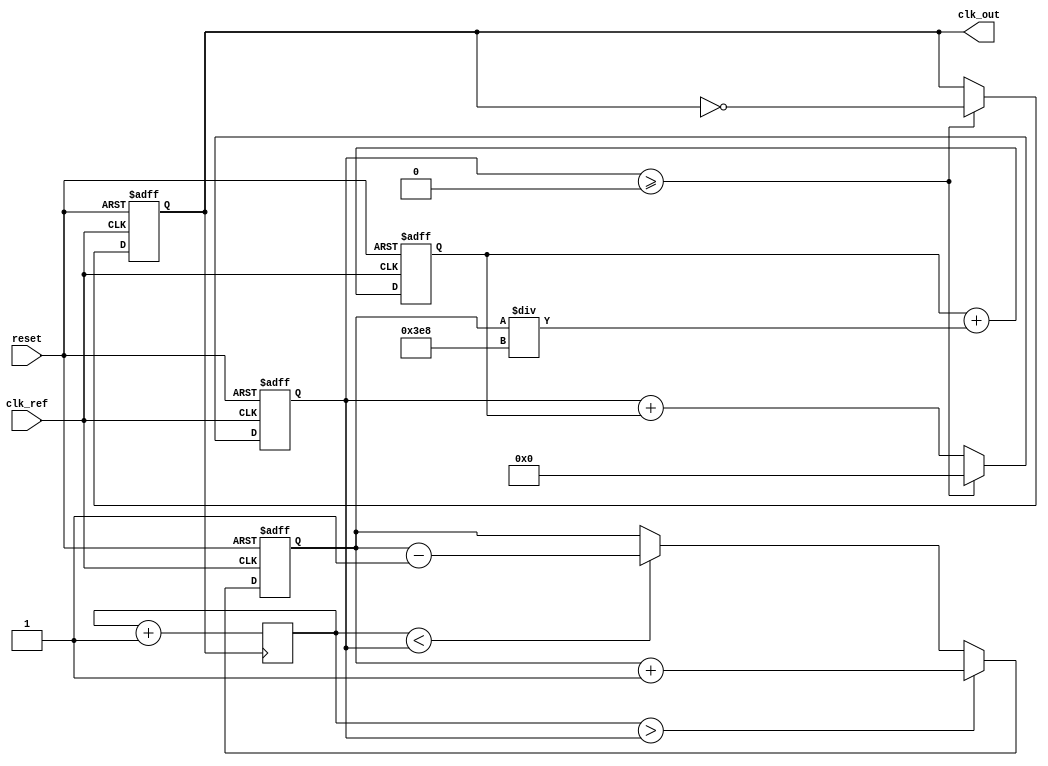
module pll (
    input wire clk_ref,        // Reference clock input
    input wire reset,          // Reset signal
    output reg clk_out         // Output clock
);

    // Parameters
    parameter integer REF_FREQ = 50_000_000; // Reference frequency in Hz
    parameter integer OUT_FREQ = 100_000_000; // Desired output frequency in Hz
    parameter integer LOOP_BW = 1000;          // Loop bandwidth (adjust as needed)
    
    // Internal signals
    reg [31:0] phase_error;    // Phase error signal
    reg [31:0] control_voltage; // Control voltage for VCO
    reg [31:0] vco_counter;     // VCO counter for generating output clock
    reg [31:0] feedback_counter; // Feedback counter for phase detector

    // Phase Detector
    always @(posedge clk_ref or posedge reset) begin
        if (reset) begin
            phase_error <= 0;
        end else begin
            // Simple phase detector logic
            if (feedback_counter > vco_counter) begin
                phase_error <= phase_error + 1; // Output clock is lagging
            end else if (feedback_counter < vco_counter) begin
                phase_error <= phase_error - 1; // Output clock is leading
            end
        end
    end

    // Loop Filter (Simple Integrator)
    always @(posedge clk_ref or posedge reset) begin
        if (reset) begin
            control_voltage <= 0;
        end else begin
            control_voltage <= control_voltage + (phase_error / LOOP_BW); // Simple integrator
        end
    end

    // Voltage-Controlled Oscillator (VCO)
    always @(posedge clk_ref or posedge reset) begin
        if (reset) begin
            vco_counter <= 0;
            clk_out <= 0;
        end else begin
            // Generate output clock based on control voltage
            vco_counter <= vco_counter + control_voltage;
            if (vco_counter >= (REF_FREQ / OUT_FREQ)) begin
                clk_out <= ~clk_out; // Toggle output clock
                vco_counter <= 0; // Reset counter
            end
        end
    end

    // Feedback Path
    always @(posedge clk_out) begin
        feedback_counter <= feedback_counter + 1; // Count output clock cycles
    end

endmodule